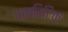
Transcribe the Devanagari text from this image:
पायरिटिक